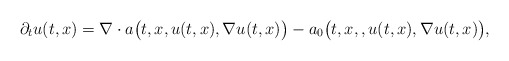
\begin{align*}\partial_t u(t,x) = \nabla \cdot a\big(t,x,u(t,x),\nabla u(t,x)\big) - a_0\big(t,x,,u(t,x),\nabla u(t,x)\big),\end{align*}